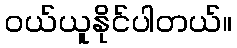
ဝယ်ယူနိုင်ပါတယ်။